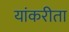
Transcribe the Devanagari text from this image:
यांकरीता